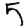
Digit: 5